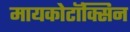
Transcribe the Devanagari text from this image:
मायकोटॉक्सिन